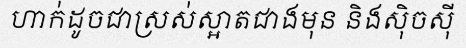
ហាក់ដូចជាស្រស់ស្អាតជាងមុន និងស៊ិចស៊ី